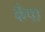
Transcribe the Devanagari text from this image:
कैपा